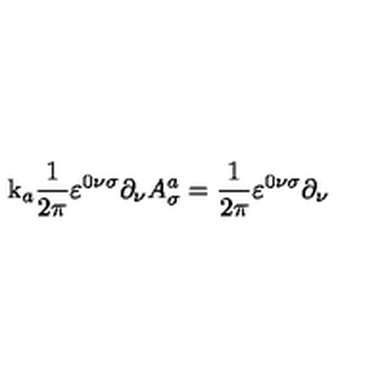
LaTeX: \mathrm { k } _ { a } \frac { 1 } { 2 \pi } \varepsilon ^ { 0 \nu \sigma } \partial _ { \nu } A _ { \sigma } ^ { a } = \frac { 1 } { 2 \pi } \varepsilon ^ { 0 \nu \sigma } \partial _ { \nu }